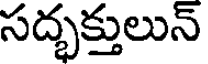
సద్భక్తులున్